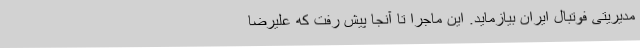
مدیریتی فوتبال ایران بیازماید. این ماجرا تا آنجا پیش رفت که علیرضا